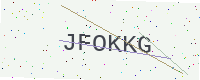
Text: JFOKKG